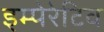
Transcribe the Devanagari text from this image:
इम्पेरेटिव